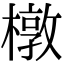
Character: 橔